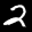
Label: 2